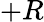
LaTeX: +R